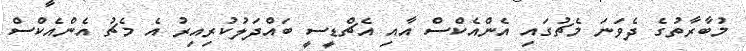
މުބާރާތުގެ ދެވަނަ މެޗުގައި އެންއެކްސް އާއި އެޗްޑީސީ ބައްދަލުކުރިއިރު އެ މެޗު އެންއެކްސް